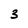
Character: 3